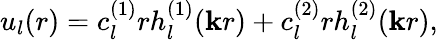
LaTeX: u_{l}(r)=c_{l}^{(1)}rh_{l}^{(1)}(\mathbf{k}r)+c_{l}^{(2)}rh_{l}^{(2)}(\mathbf{k}r),